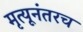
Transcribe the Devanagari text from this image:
मृत्यूनंतरच